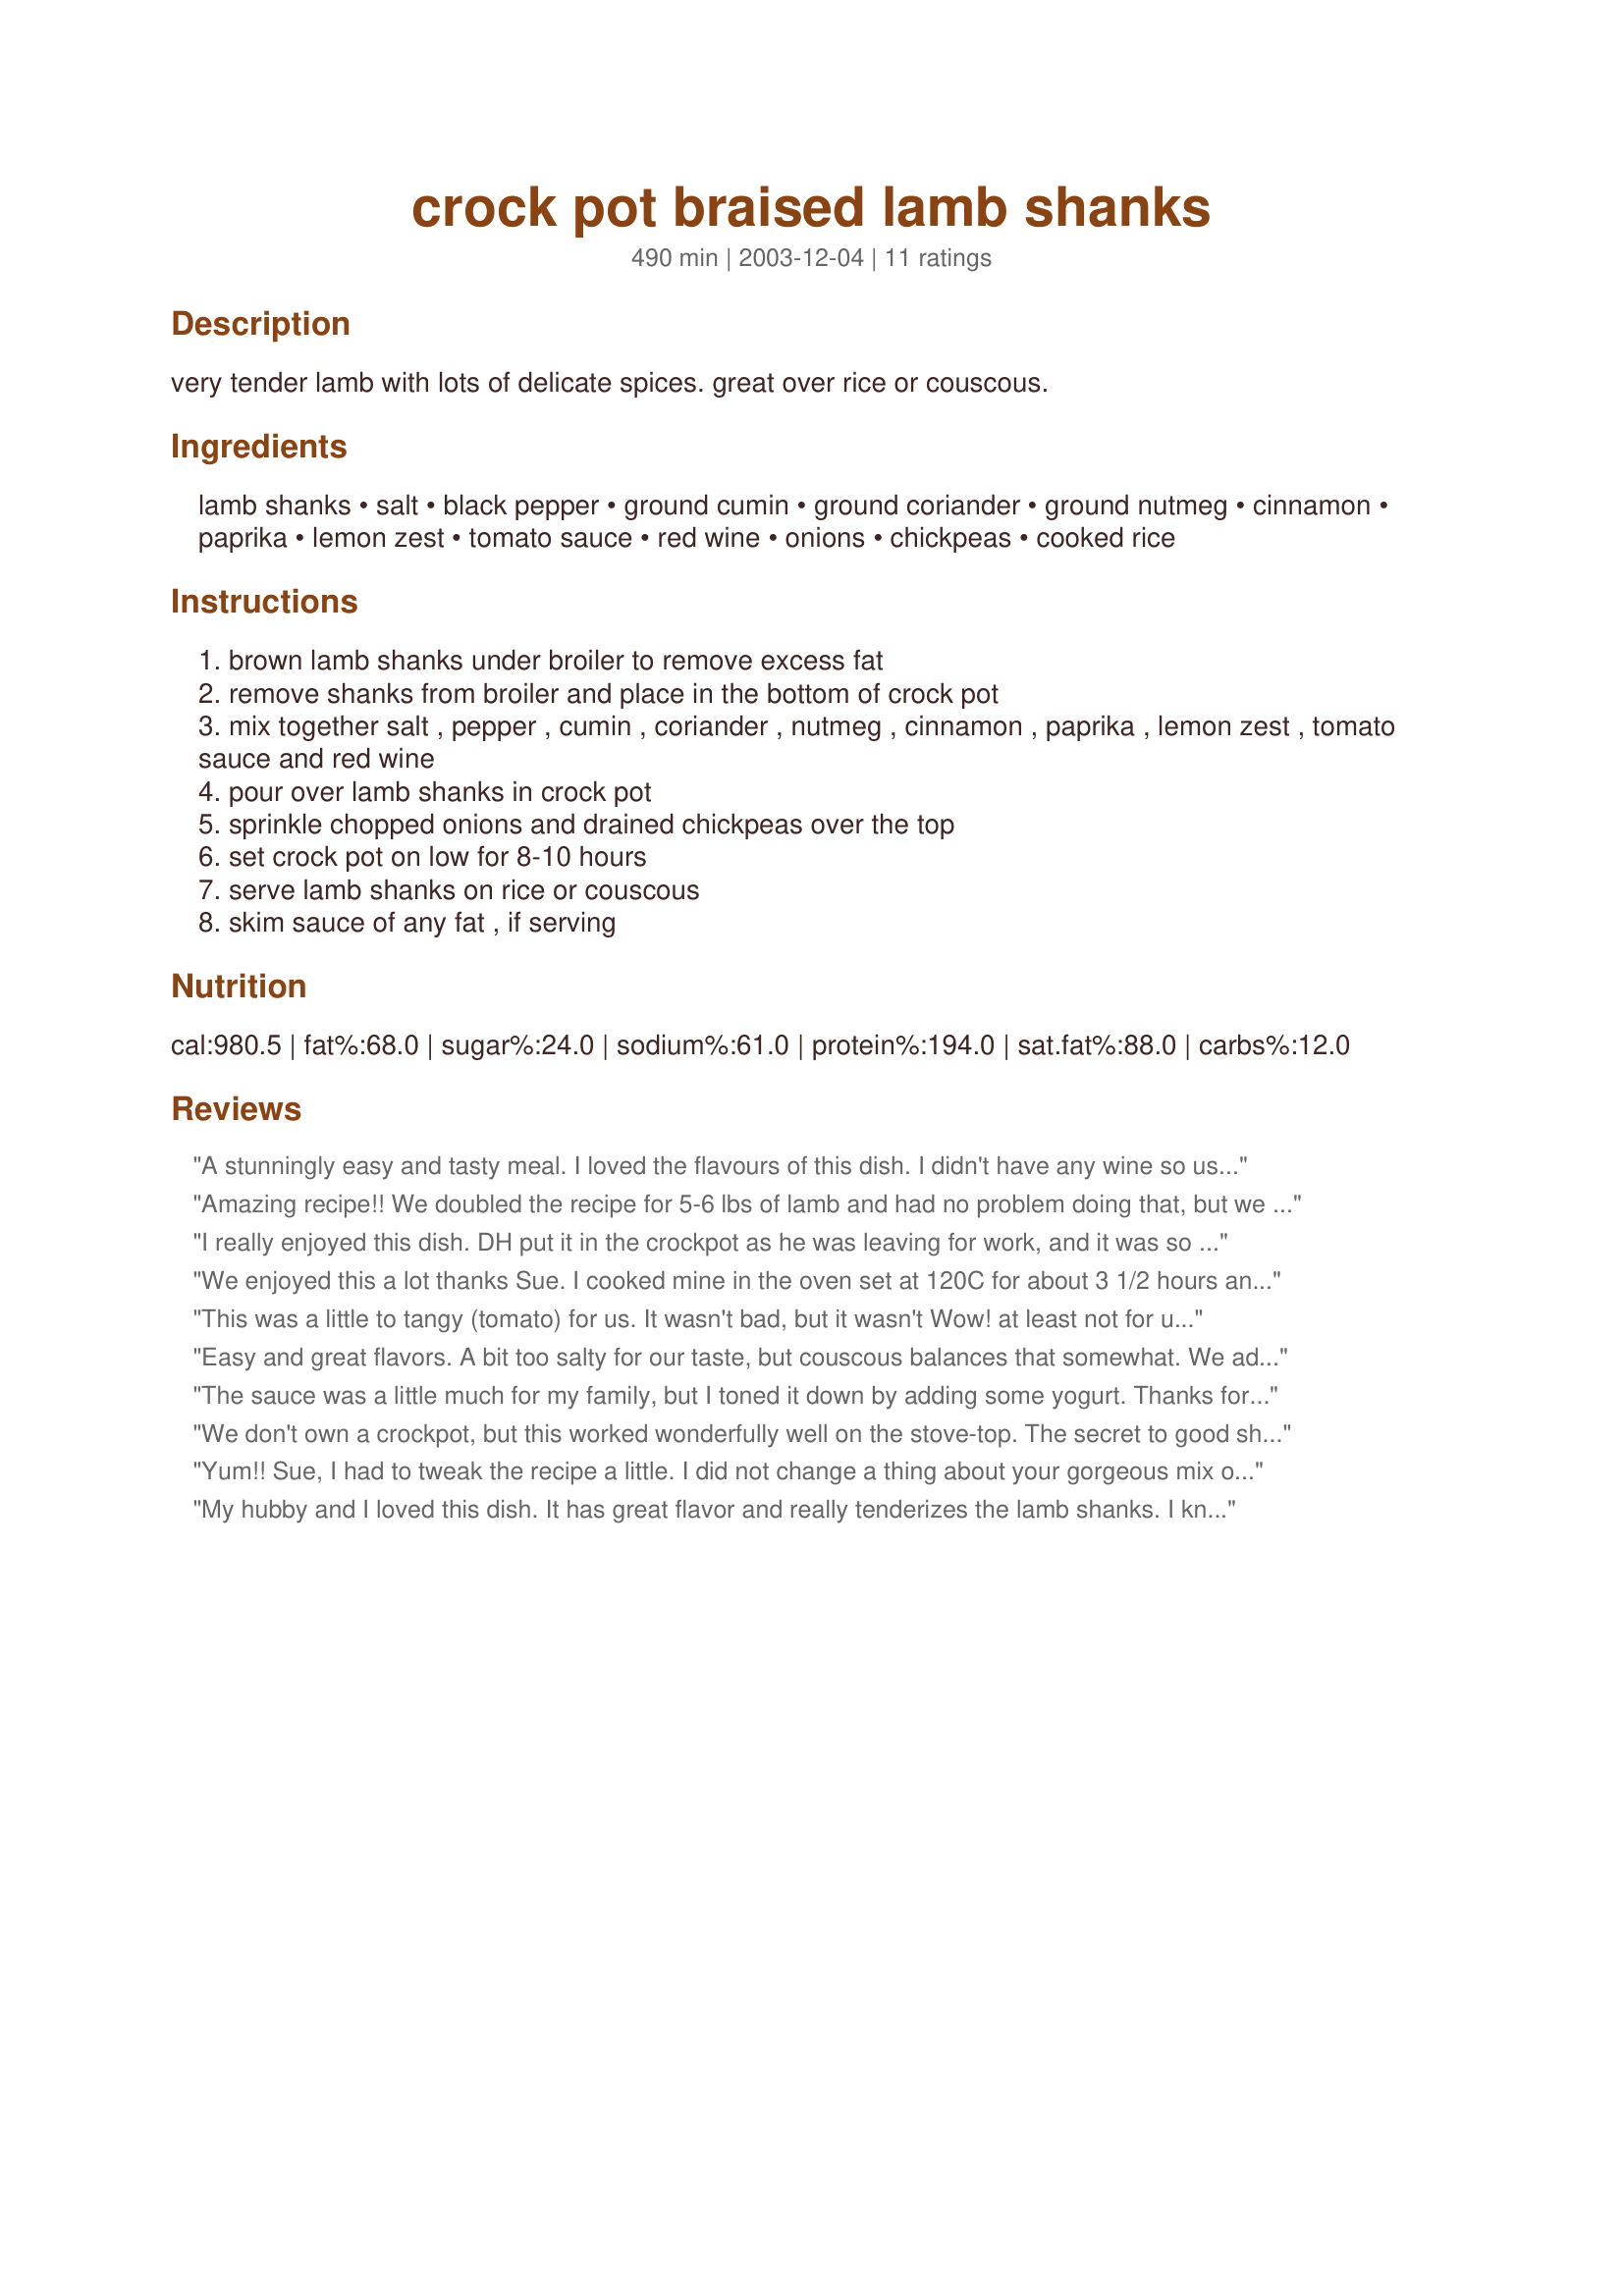
crock pot braised lamb shanks
Preparation time: 490 minutes

very tender lamb with lots of delicate spices. great over rice or couscous.

Ingredients:
lamb shanks, salt, black pepper, ground cumin, ground coriander, ground nutmeg, cinnamon, paprika, lemon zest, tomato sauce, red wine, onions, chickpeas, cooked rice

Steps:
brown lamb shanks under broiler to remove excess fat
remove shanks from broiler and place in the bottom of crock pot
mix together salt , pepper , cumin , coriander , nutmeg , cinnamon , paprika , lemon zest , tomato sauce and red wine
pour over lamb shanks in crock pot
sprinkle chopped onions and drained chickpeas over the top
set crock pot on low for 8-10 hours
serve lamb shanks on rice or couscous
skim sauce of any fat , if serving

Reviews:
A stunningly easy and tasty meal. I loved the flavours of this dish. I didn't have any wine so used some vegetable stock instead; and it seemed to work well. Makes a wonderfully easy mid-week meal.
Amazing recipe!! We doubled the recipe for 5-6 lbs of lamb and had no problem doing that, but we also found that adding another single portion of spices halfway through took out the salty taste and kept the flavorings. We also added another teaspoon of cinnamon and a teaspoon of curry powder, which made it basically perfect. Served with the Yogurt Garlic Sauce listed on here, it more than impressed my family and friends last night, all of whom basically live out of gourmet restaurants and hotels. Excellent recipe!!

Hint: for those of you near Costco, they have lamb at very reasonable prices.
I really enjoyed this dish. DH put it in the crockpot as he was leaving for work, and it was so nice to come home to the wonderful smell in the house and have dinner ready with no further prep. I thought this had really nice flavor and reheated well for lunch the next day. The meat was very tender and moist. DH was less enthusiastic about this dish than I was and thought it needed a little more "uumph," though he still enjoyed it. We followed the directions as posted and served over basamati rice. Thanks for posting!
We enjoyed this a lot thanks Sue. I cooked mine in the oven set at 120C for about 3 1/2 hours and the shanks were beautifully tender. This is a very easy recipe to throw together. Couldn't bring myself to serve just with couscous so instead served with roast potatoes and steamed veggies. This made quite a lot of sauce so have frozen some for later.
This was a little to tangy (tomato) for us. It wasn't bad, but it wasn't Wow! at least not for us anyway. It made a nice quick meal though.
Easy and great flavors. A bit too salty for our taste, but couscous balances that somewhat. We added a small handful of black olives, which probably added a lot of saltiness. It would probably be good with the whole lemon, thinly sliced, in lieu of just the zest. It's a keeper!
The sauce was a little much for my family, but I toned it down by adding some yogurt. Thanks for a good recipe.
We don't own a crockpot, but this worked wonderfully well on the stove-top. The secret to good shanks is to give yourself more time to cook them than you think. You can't hurry a shank. We cooked these for 3 hours, until they were almost falling from the bone, then removed the lid for a further 30 minutes to thicken the gorgeous sauce a little. It's a simple recipe, very fragrant with the spices, and with the beans and tomatoes in it, only needed couscous to make a very rich and filling meal. Thanks for an excellent recipe Sue.
Yum!! Sue, I had to tweak the recipe a little. I did not change a thing about your gorgeous mix of spices. But I do not have a crock pot, so I did much the same thing -- by slow-roasting in the oven, for hours! The scents during the long baking time, as we came through the front door, were amazing! The only thing I would change -- and lift this to 5 stars -- would be to stir-fry all those gorgeous spices in a little oil, before using. I found that, however great it smelled, the true flavours did not actually feature in the final result only because the spices were not fried beforehand. But this is still a a great recipe! Thanks for a new idea to do shanks. We have this often, and this spicy recipe was really new to me! :-)
My hubby and I loved this dish. It has great flavor and really tenderizes the lamb shanks. I know I'll make it again.
This is a great recipe. We hardly ever have tomato sauce in the house so blended 2 x tomatoes and 1/2 cup Grilled capsicuim together to replace the tomato sauce. The second time I made it I used 1 can red kidney beans instead of the chickpeas ... works real well with either. Thanks for this great recipe
